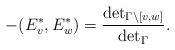
LaTeX: \begin{align*}- (E_v^*,E^*_w) = \frac{\det_{\Gamma\setminus [v,w]}}{\det_{\Gamma}}.\end{align*}